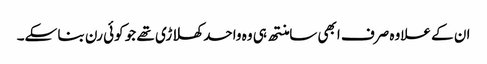
ان کے علاوہ صرف ابھی سامنتھ ہی وہ واحد کھلاڑی تھے جو کوئی رن بنا سکے۔